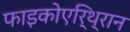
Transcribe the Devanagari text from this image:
फाइकोएरि्थ्रान